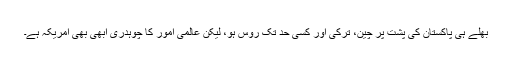
بھلے ہی پاکستان کی پشت پر چین، ترکی اور کسی حد تک رُوس ہو، لیکن عالمی امور کا چوہدری ابھی بھی امریکہ ہے۔